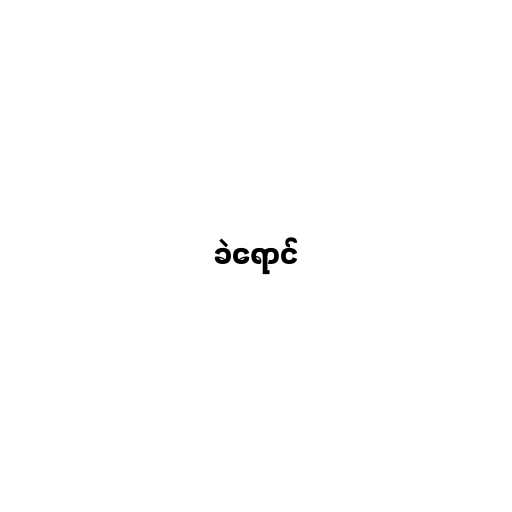
ခဲရောင်